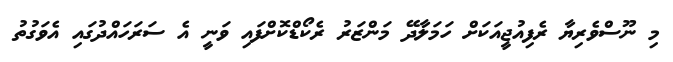
މި ނޫސްވެރިޔާ ރެފިއުޖީއަކަށް ހަމަލާދޭ މަންޒަރު ރެކޯޑްކޮށްފައި ވަނީ އެ ސަރަހައްދުގައި އެވަގުތު